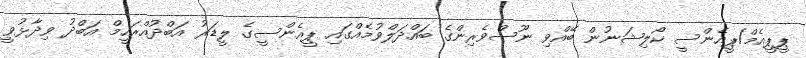
ޕީޕީއެމް/ޕީއެންސީ ކޯލިޝަނުން ބޭއްވި ނޫސްވެރިންގެ ބައްދަލްވުމެއްގައި ޕީއެންސީގެ ލީޑަރު އަބްދުއްރަހީމް އަބްދު ވިދާޅުވީ